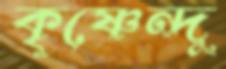
কৃষ্ণেন্দু